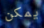
يمكن